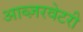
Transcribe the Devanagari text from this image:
आब्ज़रवेटरी